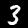
Label: 3